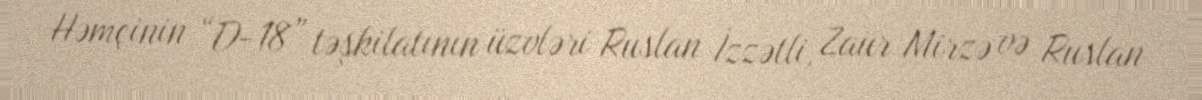
Həmçinin “D-18” təşkilatının üzvləri Ruslan İzzətli, Zaur Mirzə və Ruslan